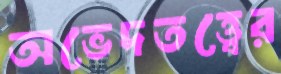
অভেদতত্ত্বের